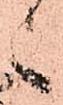
之